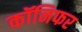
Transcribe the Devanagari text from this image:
कॉनिफर